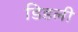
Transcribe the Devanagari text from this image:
डिडली